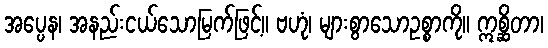
အပ္ပေန၊ အနည်းငယ်သောမြက်ဖြင့်။ ဗဟုံ၊ များစွာသောဥစ္စာကို။ ဣစ္ဆိတာ၊